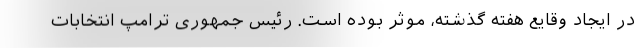
در ایجاد وقایع هفته گذشته، موثر بوده است. رئیس جمهوری ترامپ انتخابات